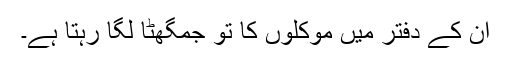
ان کے دفتر میں موکلوں کا تو جمگھٹا لگا رہتا ہے۔